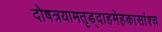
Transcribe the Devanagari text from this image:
दोषत्रयामतृड्दाहमेहकासांश्च